Annual report on the working of the mental hospitals in the Madras Presidency - 1912-1932
Year: 1912
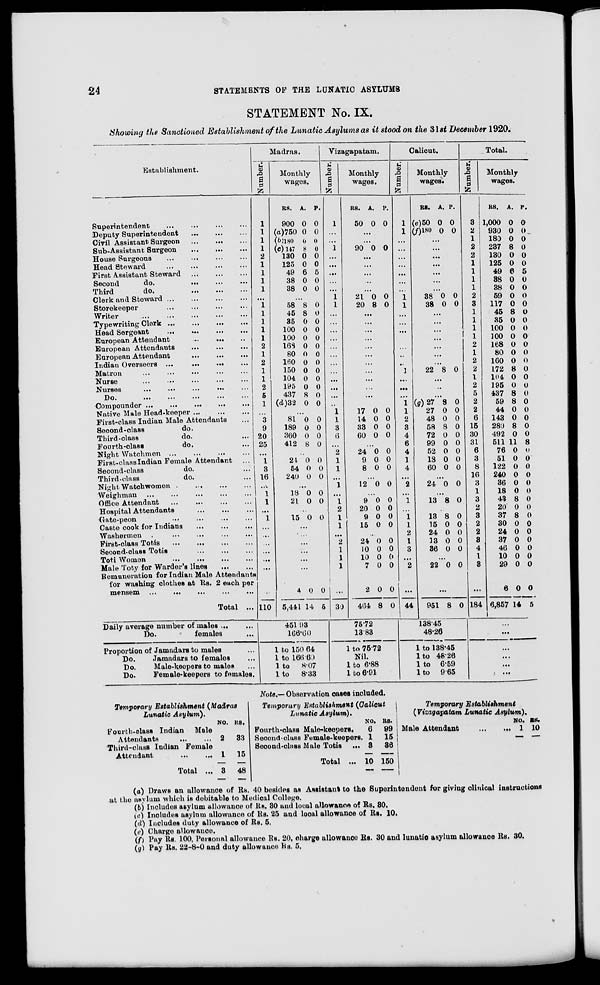
24
STATEMENTS OF THE LUNATIC ASYLUMS
STATEMENT No. IX.
Showing the Sanctioned Establishment of the Lunatic Asylums as it stood on the 31st December 1920.
Establishment.
Superintendent ... ... ... ...
Deputy Superintendent ... ... ...
Civil Assistant Surgeon
...
...
...
Sub-Assistant Surgeon
...
...
...
House Surgeons ... ... ... ...
Head Steward ... ... ... ...
First Assistant Steward
...
...
...
Second
do. ... ... ...
Third
do.
...
...
...
Clerk and Steward
...
...
...
...
Storekeeper
...
...
...
...
Writer ... ... ... ... ...
Typewriting Clerk
...
...
...
...
Head Sergeant ... ... ... ...
European Attendant ... ... ...
European Attendants ... ... ...
European Attendant ... ... ...
Indian Overseers ... ... ... ...
Matron ... ... ... ... ...
Nurse ... ... ... ... ...
Nurses ... ... ... ... ...
Do.
...
...
...
...
...
Compounder ... ... ... ... ...
Native Male Head-keeper
...
...
...
First-class Indian Male Attendants ...
Second-class
do. ...
Third-class
do. ...
Fourth-class
do. ...
Night Watchmen
...
...
...
...
First-class Indian Female Attendant ...
Second-class
do. ...
Third-class
do. ...
Night Watchwomen
...
...
...
...
Weighman ... ... ... ...
Office Attendant
...
...
...
...
Hospital Attendants
...
...
...
Gate-peon ... ... ... ...
Caste cook for Indians
...
...
...
Washermen
...
...
...
...
...
First-class Totis
...
...
...
...
Second-class Totis
...
...
...
Toti Women ... ... ... ...
Male Toty for Warder's lines
...
...
Remuneration for Indian Male Attendants
for washing clothes at Rs. 2 each per
mensem ... ... ... ... ...
Total ...
Daily average number of males ... ...
Do.
females ...
Proportion of Jamadars to males ...
Do.
Jamadars to females ...
Do.
Male-keepers to males ...
Do.
Female-keepers to females. ...
Madras.
Number.
1
1
1
1
2
1
1
1
1
...
1
1
1
1
1
2
1
2
1
1
2
5
1
...
3
9
20
25
...
1
3
16
...
1
1
...
1
...
...
...
...
...
...
...
110
Monthly
wages.
RS.
900
(a)750
(b)180
(c) 147
130
125
49
38
38
A.
0
0
0
8
0
0
6
0
0
P.
0
0
0
0
0
0
5
0
0
...
58
45
35
100
100
168
80
160
150
104
195
437
(d)32
8
8
0
0
0
0
0
0
0
0
0
8
0
0
0
0
0
0
0
0
0
0
0
0
0
0
...
81
189
360
412
0
0
0
8
0
0
0
0
24
54
240
0
0
0
0
0
0
...
18
21
0
0
0
0
15 0 0
...
...
...
...
...
...
4
5,441
0
14
0
5
451.93
166.60
1 to 150.64
1 to 166.60
1 to
8.07
1 to
8.33
Vizagapatam.
Number.
1
...
...
1
...
...
...
...
...
1
1
...
...
...
...
...
...
...
...
...
...
...
..
1
1
3
6
...
2
1
1
...
1
...
1
2
1
1
...
2
1
1
1
...
30
Monthly
wages.
RS.
50
A.
0
P.
0
...
...
90 0 0
...
...
...
...
...
21
20
0
8
0
0
...
...
...
...
...
...
...
...
...
...
...
...
17
14
33
60
0
0
0
0
0
0
0
0
...
24
9
8
0
0
0
0
0
0
...
12 0 0
...
9
20
9
15
0
0
0
0
0
0
0
0
...
24
10
10
7
2
464
0
0
0
0
0
8
0
0
0
0
0
0
75.72
13.83
1 to 75.72
Nil.
1 to 6.88
1 to 6.91
Calicut.
Number.
1
1
...
...
...
...
...
...
...
1
1
...
...
...
...
...
...
...
1
...
...
...
...
1
2
3
4
6
4
1
4
...
2
...
1
...
1
1
2
1
3
...
2
...
44
Monthly
wages.
RS.
(e)50
(f)180
A.
0
0
P.
0
0
...
...
...
...
...
...
...
38
38
0
0
0
0
...
...
...
...
...
...
...
22 8 0
...
...
...
(g)27
27
48
58
72
99
52
18
60
8
0
0
8
0
0
0
0
0
0
0
0
0
0
0
0
0
0
...
24 0 0
...
13 8 0
...
13
15
24
13
86
8
0
0
0
0
0
0
0
0
0
...
22 0 0
...
951 8 0
138.45
48.26
1 to 138.45
1 to 48.26
1 to 6.59
1 to 9.65
Total.
Number.
3
2
1
2
2
1
1
1
1
2
3
1
1
1
1
2
1
2
2
1
2
5
2
2
6
15
30
31
6
3
8
16
3
1
3
2
3
2
2
3
4
1
3
...
184
Monthly
wages.
RS.
1,000
930
180
237
130
125
49
38
38
59
117
45
35
100
100
168
80
160
172
104
195
437
59
44
143
280
492
511
76
51
122
240
36
18
43
20
37
30
24
37
46
10
29
6
6,857
A.
0
0
0
8
0
0
6
0
0
0
0
8
0
0
0
0
0
0
8
0
0
8
8
0
0
8
0
11
0
0
0
0
0
0
8
0
8
0
0
0
0
0
0
0
14
P.
0
0
0
0
0
0
5
0
0
0
0
0
0
0
0
0
0
0
0
0
0
0
0
0
0
0
0
8
0
0
0
0
0
0
0
0
0
0
0
0
0
0
0
0
5
...
...
...
...
...
...
Note.— Observation oases included.
Temporary Establishment
(Madras
Lunatic
Asylum).
Fourth-class Indian
Male
Attendants
...
...
Third-class Indian Female
Attendant
...
...
Total ...
NO.
2
1
3
RS.
33
15
48
Temporary Establishment
(Calicut
Lunatic Asylum).
Fourth-class Male-keepers.
Second-class Female-keepers
Second-class Male Totis
...
Total ...
NO.
6
1
3
10
RS.
99
15
36
150
Temporary
Establishment
(Vizagapatam Lunatic Asylum).
Male Attendant ... ...
NO.
1
RS.
10
(a) Draws an allowance of Rs. 40 besides as Assistant to the Superintendent for giving clinical instructions
at the asylum which is debitable to Medical College.
(b) Includes asylum allowance of Rs. 30 and local allowance of Rs. 30.
(c) Includes asylum allowance of Rs. 25 and local allowance of Rs. 10.
(d) Includes duty allowance of Rs. 5.
(e) Charge allowance.
(f) Pay Rs. 100, Personal allowance Rs. 20, charge allowance Rs. 30 and lunatic asylum allowance Rs. 30.
(g) Pay Rs. 22-8-0 and duty allowance Rs. 5.